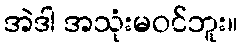
အဲဒါ အသုံးမဝင်ဘူး။